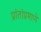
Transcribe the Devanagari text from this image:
प्रांतांप्रमाणे